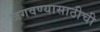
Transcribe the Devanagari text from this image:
जगवण्यासाठीची